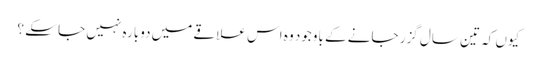
کیوں کہ تین سال گزر جانے کے باوجود وہ اس علاقے میں دوبارہ نہیں جا سکے ؟